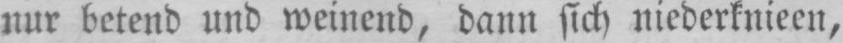
nur betend und weinend, dann sich niederknieen,